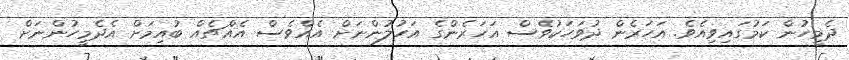
ދެމީހުން ކަމުގައިވިއެވެ. އަހަރެން ދުވަހަކުވެސް އަހަރެންގެ އަހުލުންނަށް އެއްވެސް އެއްޗެއް ބުއިމަށް އެދެމީހުންނަށް